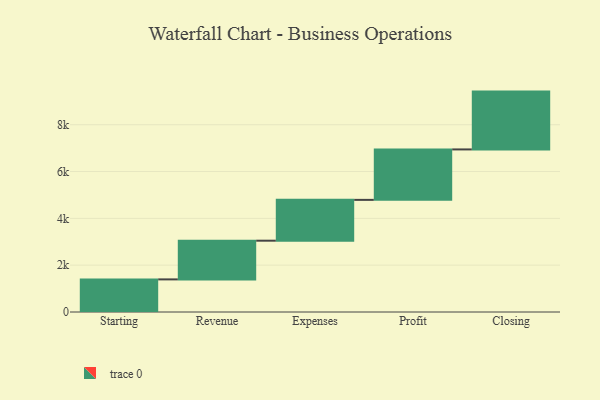
{"axis": {"x": "Step", "y": "Value"}, "legend": [""], "data": [{"x": "Starting", "y": 1393.0, "type": ""}, {"x": "Revenue", "y": 1653.0, "type": ""}, {"x": "Expenses", "y": 1744.0, "type": ""}, {"x": "Profit", "y": 2155.0, "type": ""}, {"x": "Closing", "y": 2470.0, "type": ""}]}